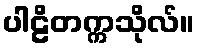
ပါဠိတက္ကသိုလ်။